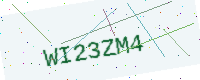
Text: WI23ZM4